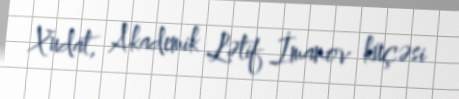
Xudat, Akademik Lətif İmanov küçəsi